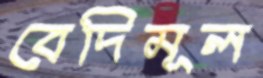
বেদিমূল